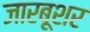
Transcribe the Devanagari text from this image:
जारबूशर